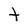
Character: t